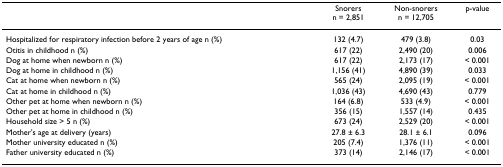
|  | Snorers n = 2,851 | Non-snorers n = 12,705 | p-value |
 | --- | --- | --- | --- |
 | Hospitalized for respiratory infection before 2 years of age n (%) | 132 (4.7) | 479 (3.8) | 0.03 |
 | Otitis in childhood n (%) | 617 (22) | 2,490 (20) | 0.006 |
 | Dog at home when newborn n (%) | 617 (22) | 2,173 (17) | < 0.001 |
 | Dog at home in childhood n (%) | 1,156 (41) | 4,890 (39) | 0.033 |
 | Cat at home when newborn n (%) | 565 (24) | 2,095 (19) | < 0.001 |
 | Cat at home in childhood n (%) | 1,036 (43) | 4,690 (43) | 0.779 |
 | Other pet at home when newborn n (%) | 164 (6.8) | 533 (4.9) | < 0.001 |
 | Other pet at home in childhood n (%) | 356 (15) | 1,557 (14) | 0.435 |
 | Household size > 5 n (%) | 673 (24) | 2,529 (20) | < 0.001 |
 | Mother's age at delivery (years) | 27.8 ± 6.3 | 28.1 ± 6.1 | 0.096 |
 | Mother university educated n (%) | 205 (7.4) | 1,376 (11) | < 0.001 |
 | Father university educated n (%) | 373 (14) | 2,146 (17) | < 0.001 |